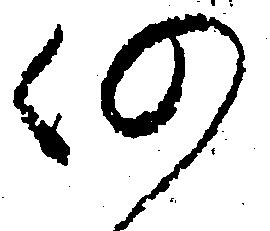
仍